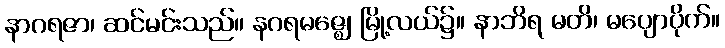
နာဂရဇာ၊ ဆင်မင်းသည်။ နဂရမဇ္ဈေ၊ မြို့လယ်၌။ နာဘိရ မတိ၊ မပျောပိုက်။